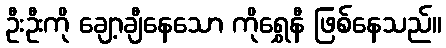
ဦးဦးကို ချော့ချီနေသော ကိုရွှေနီ ဖြစ်နေသည်။